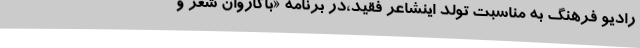
رادیو فرهنگ به مناسبت تولد اینشاعر فقید،در برنامه «باکاروان شعر و